Civil Veterinary Department. Madras. Admin. report 1910-25 - 1910-1925
Year: 1910
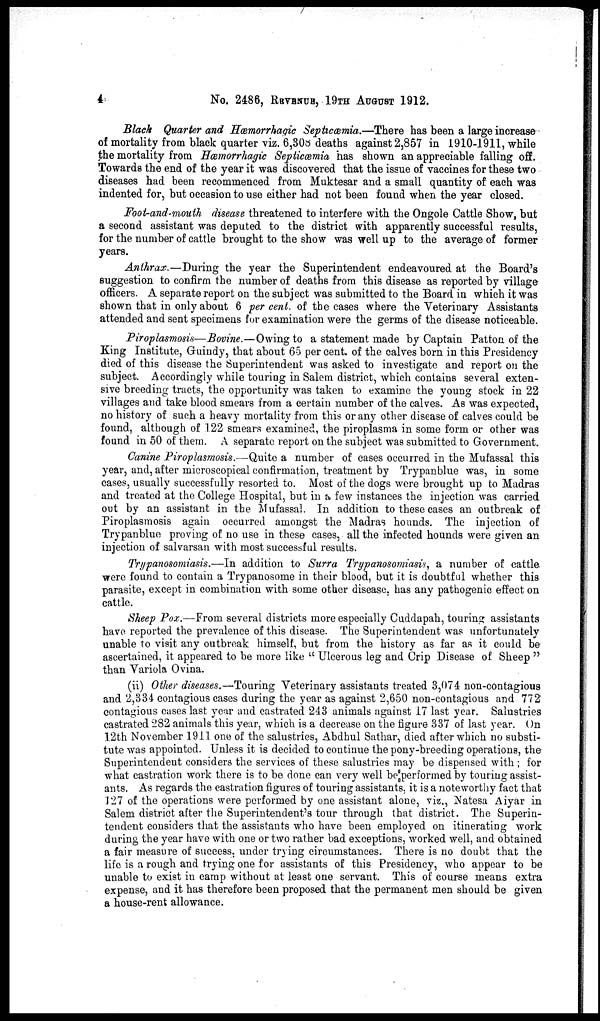
4
No. 2486, REVENUE, 19TH AUGUST 1912.
Black Quarter and Hæmorrhagic Septicœmia.—There has been a large increase
of mortality from black quarter viz. 6,308 deaths against 2,857 in 1910-1911, while
the mortality from Hœmorrhagic Septicœmia has shown an appreciable falling off.
Towards the end of the year it was discovered that the issue of vaccines for these two
diseases had been recommenced from Muktesar and a small quantity of each was
indented for, but occasion to use either had not been found when the year closed.
Foot-and-mouth disease threatened to interfere with the Ongole Cattle Show, but
a second assistant was deputed to the district with apparently successful results,
for the number of cattle brought to the show was well up to the average of former
years.
Anthrax.—During the year the Superintendent endeavoured at the Board's
suggestion to confirm the number of deaths from this disease as reported by village
officers. A separate report on the subject was submitted to the Board in which it was
shown that in only about 6 per cent, of the cases where the Veterinary Assistants
attended and sent specimens for examination were the germs of the disease noticeable.
Piroplasmosis—Bovine.—Owing to a statement made by Captain Patton of the
King Institute, Guindy, that about 65 per cent, of the calves born in this Presidency
died of this disease the Superintendent was asked to investigate and report on the
subject. Accordingly while touring in Salem district, which contains several exten-
sive breeding tracts, the opportunity was taken to examine the young stock in 22
villages and take blood smears from a certain number of the calves. As was expected,
no history of such a heavy mortality from this or any other disease of calves could be
found, although of 122 smears examined, the piroplasma in some form or other was
found in 50 of them.A separate report on the subject was submitted to Government.
Canine Piroplasmosis.—Quite a number of cases occurred in the Mufassal this
year, and, after microscopical confirmation, treatment by Trypanblue was, in some
cases, usually successfully resorted to. Most of the dogs were brought up to Madras
and treated at the College Hospital, but in a few instances the injection was carried
out by an assistant in the Mufassal. In addition to these cases an outbreak of
Piroplasmosis again occurred amongst the Madras hounds. The injection of
Trypanblue proving of no use in these cases, all the infected hounds were given an
injection of salvarsan with most successful results.
Trypanosomiasis.—In addition to Surra Trypanosomiasis, a number of cattle
were found to contain a Trypanosome in their blood, but it is doubtful whether this
parasite, except in combination with some other disease, has any pathogenic effect on
cattle.
Sheep Pox.—From several districts more especially Cuddapah, touring assistants
have reported the prevalence of this disease. The Superintendent was unfortunately
unable to visit any outbreak himself, but from the history as far as it could be
ascertained, it appeared to be more like " Ulcerous leg and Crip Disease of Sheep"
than Variola Ovina.
(ii) Other diseases.—Touring Veterinary assistants treated 3,074 non-contagious
and 2,334 contagious cases during the year as against 2,650 non-contagious and 772
contagious cases last year and castrated 243 animals against 17 last year. Salustries
castrated 282 animals this year, which is a decrease on the figure 337 of last year. On
12th November 1911 one of the salustries, Abdhul Sathar, died after which no substi-
tute was appointed. Unless it is decided to continue the pony-breeding operations, the
Superintendent considers the services of these salustries may be dispensed with; for
what castration work there is to be done can very well be performed by touring assist-
ants. As regards the castration figures of touring assistants, it is a noteworthy fact that
127 of the operations were performed by one assistant alone, viz., Natesa Aiyar in
Salem district after the Superintendent's tour through that district. The Superin-
tendent considers that the assistants who have been employed on itinerating work
during the year have with one or two rather bad exceptions, worked well, and obtained
a fair measure of success, under trying circumstances. There is no doubt that the
life is a rough and trying one for assistants of this Presidency, who appear to be
unable to exist in camp without at least one servant. This of course means extra
expense, and it has therefore been proposed that the permanent men should be given
a house-rent allowance.